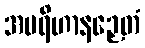
အပရိဟာနဉှေတံ